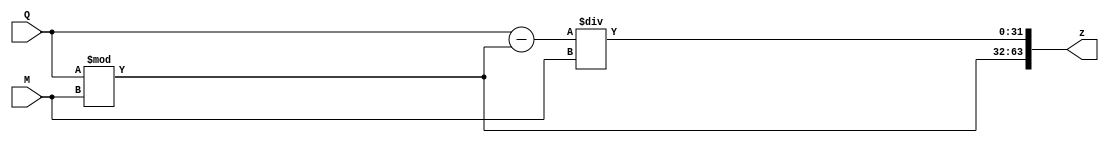
module div_unit(input signed [31:0] Q, M, output reg [32*2-1:0] z);
	reg [63:32] high, low;
	always @ (*)
	begin
		high = Q % M;
		low = (Q - high) / M;
		begin
			z = {high, low};
		end
	end
				
endmodule